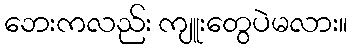
ဘေးကလည်း ကျူးတွေပဲမလား။